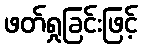
ဖတ်ရှုခြင်းဖြင့်